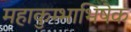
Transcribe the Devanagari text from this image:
महाकुम्भाभिषेक